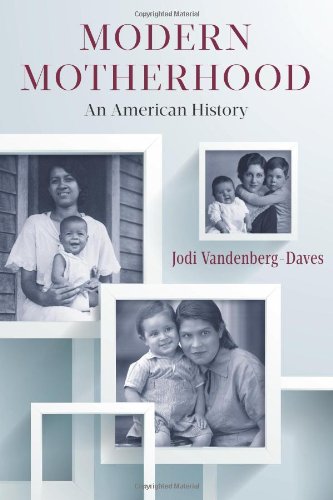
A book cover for Modern Motherhood: An American History; Professor Jodi Vandenberg-Daves; Gay & Lesbian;